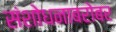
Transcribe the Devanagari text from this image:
संशोधनाबरोबर